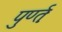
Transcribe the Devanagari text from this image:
पुर्ण्तः